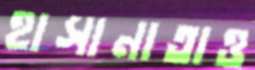
হাসানাতাও